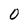
Character: 0